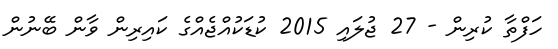
ހަފްތާ ކުރިން - 27 ޖުލައި 2015 ކުޑަކުއްޖެެއްގެ ކައިރިން ވާން ބޭނުން